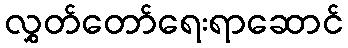
လွှတ်တော်ရေးရာဆောင်